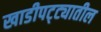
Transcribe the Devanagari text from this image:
खाडीपट्ट्यातील